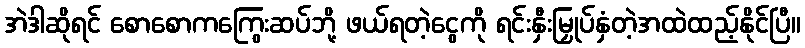
အဲဒါဆိုရင် စောစောကကြွေးဆပ်ဘို့ ဖယ်ရတဲ့ငွေကို ရင်းနှီးမြှုပ်နှံတဲ့အထဲထည့်နိုင်ပြီ။